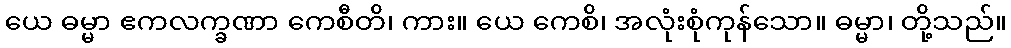
ယေ ဓမ္မာ ဧကလက္ခဏာ ကေစီတိ၊ ကား။ ယေ ကေစိ၊ အလုံးစုံကုန်သော။ ဓမ္မာ၊ တို့သည်။